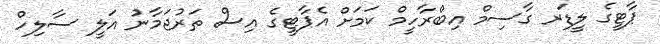
ޕާޓީގެ ލީޑަރ ގާސިމް އިބްރާހީމް ކަމަށް އެޕާޓީގެ އިސް ތަރުޖަމާނު އަލީ ސާލިހް